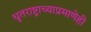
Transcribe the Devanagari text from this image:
धृतराष्ट्राच्याप्रमाणेही